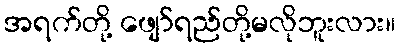
အရက်တို့ ဖျော်ရည်တို့မလိုဘူးလား။